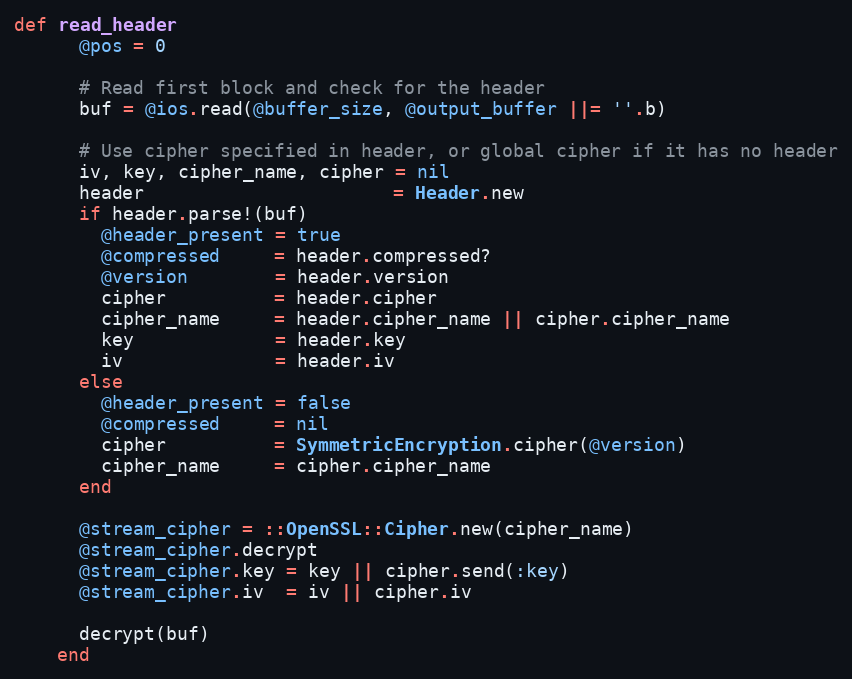
Language: Ruby
def read_header
      @pos = 0

      # Read first block and check for the header
      buf = @ios.read(@buffer_size, @output_buffer ||= ''.b)

      # Use cipher specified in header, or global cipher if it has no header
      iv, key, cipher_name, cipher = nil
      header                       = Header.new
      if header.parse!(buf)
        @header_present = true
        @compressed     = header.compressed?
        @version        = header.version
        cipher          = header.cipher
        cipher_name     = header.cipher_name || cipher.cipher_name
        key             = header.key
        iv              = header.iv
      else
        @header_present = false
        @compressed     = nil
        cipher          = SymmetricEncryption.cipher(@version)
        cipher_name     = cipher.cipher_name
      end

      @stream_cipher = ::OpenSSL::Cipher.new(cipher_name)
      @stream_cipher.decrypt
      @stream_cipher.key = key || cipher.send(:key)
      @stream_cipher.iv  = iv || cipher.iv

      decrypt(buf)
    end